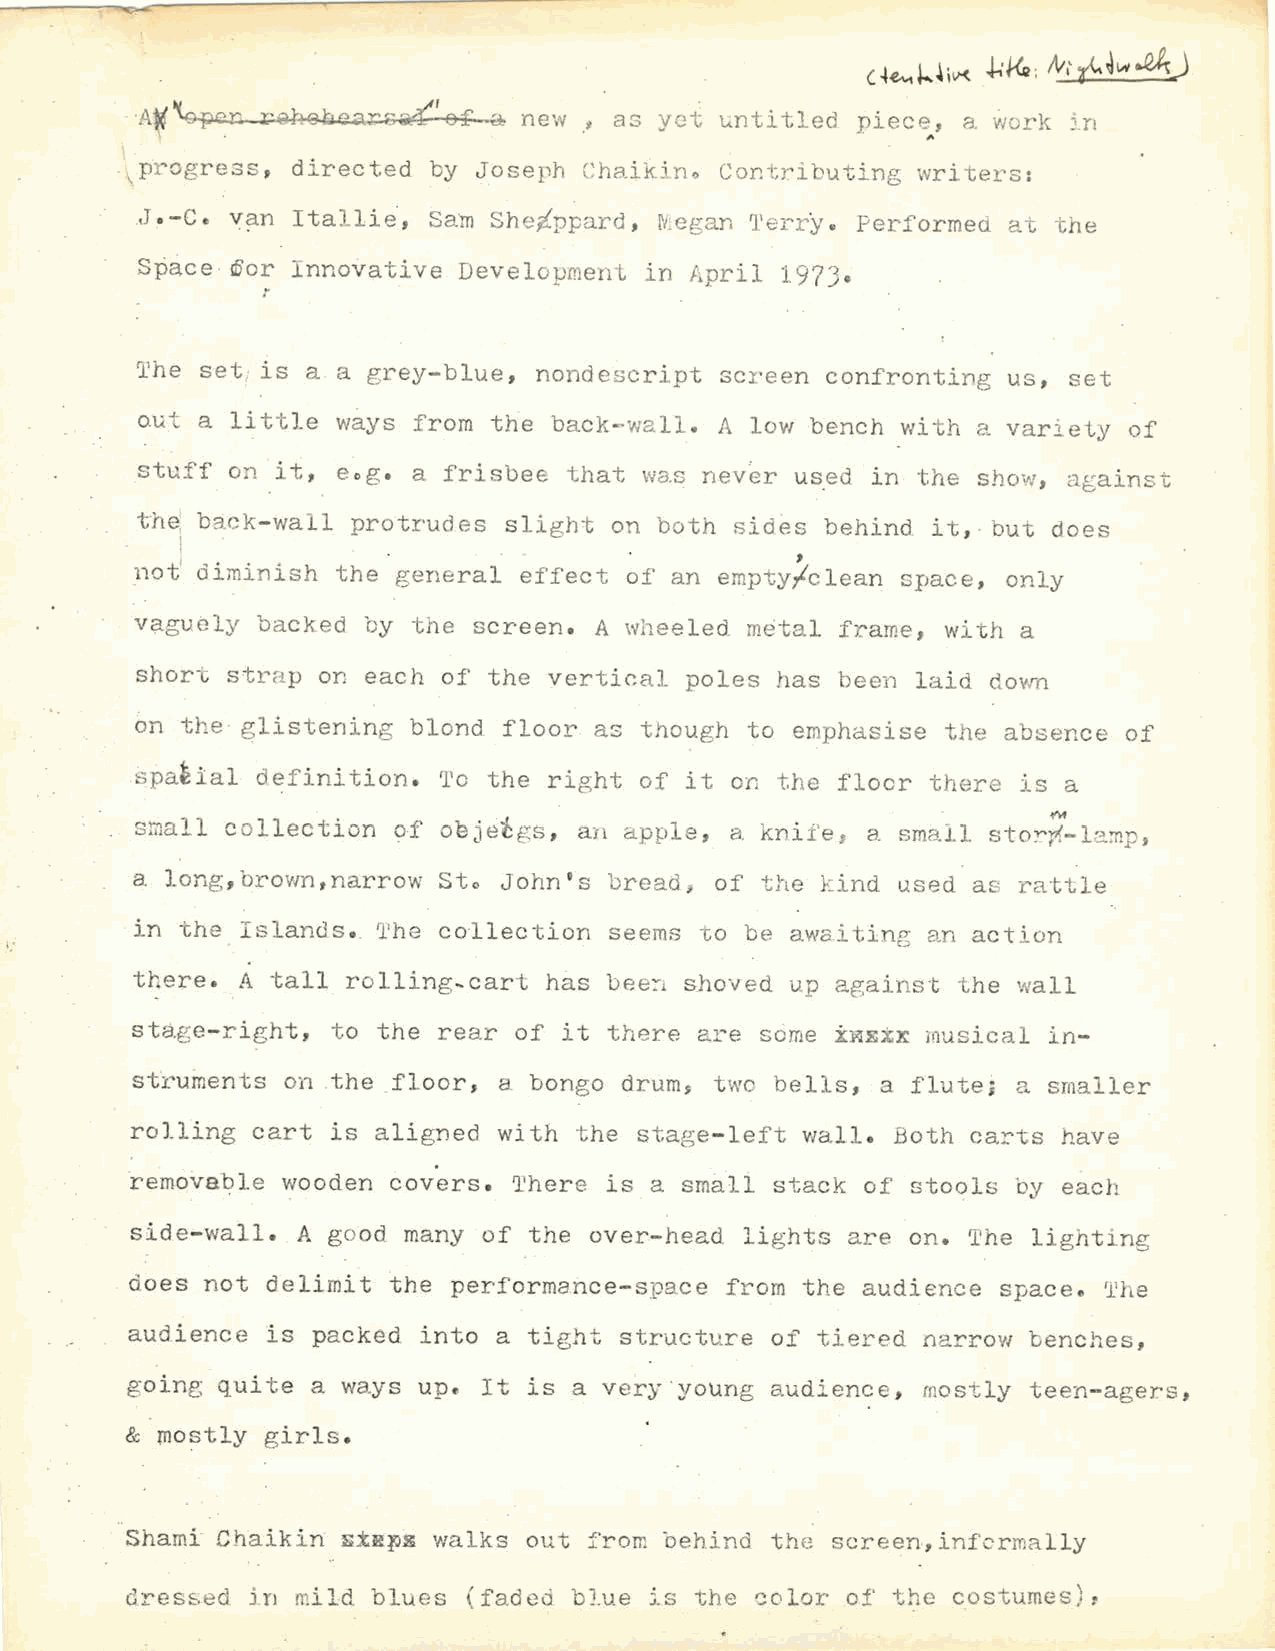
yet ~ntitled piece, a work 5.n
 •.. ;.
 \pr ogress, directed by Joseph Chai~ · no Contributing writers:
 .•J .-Ce van Ital lie, Sam She,ippard, Megan 'l'err'ye Performed at t he
 S~ice ~or Inno~ative Development  in April 197J~
 r
 The set, is a a grey-blue, nonde~cript screen confronting us, set
 out a little ways from  the back-walli A low bench with a variety of
 stuff on it, eog. a frisbee  that was nev~r used in the show, against
 the: back-wall protrudes slight on both sides behind it, · but does
 I                                        '
 not' diminish the general effect of an empty.fclean space, only
 vagubly backed by the screen. A wheeled m~tal  frame, with a
 short strap on each of the vertical poles has  been laid down
 on
 the· glistening blond floor as though to emphasise the absence of
 spa~ial definition. To the right of it on the floor  there is a
 small collection of o~jeigs , a11 apple, a knife; a small sto~~M -lamp,
 a long,brown,narrow Sto John's bread ~ of the kind used as ra·ttle
 in the Islands •. The collection seems t o be awa.i ting an action
 there. A tall rolling~cart has bee:-1 shoved up against t he wall
 s ta.ge-right, to the rear of it there are some :b~J.s:tx: inusical in-
 st~u~ents on .the .floor, a bongo drums two bells, a flute; a smaller
 rolling cart is aligned with the stage-left wall. Both ca::.:-ts have
 ~emovable wooden 6ov~rs. There is a small stack of stools by each
 side-wall • . A good many of the over-head lights are on .. The light ing
 does not delimit the performa~ce-space from the audience space. The
 audience is packed into a tight structure of tiered narrow benches,
 going quite  a ways upe It is a very ·young audience, most ly teen-agers,
 & mostly  girls.
 Shami Chaikin  s±RF~ walks out from behind the screen,informally
 dressed  j_n mild blues (faded bJ.ue is the ~olor of the costumes):